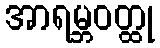
အာရမ္ဘဝတ္ထု